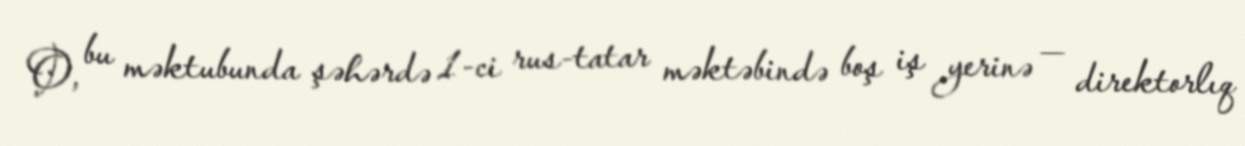
O, bu məktubunda şəhərdə 1-ci rus-tatar məktəbində boş iş yerinə — direktorlıq